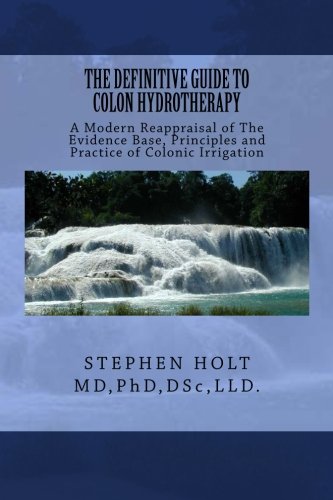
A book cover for The Definitive Guide to Colon Hydrotherapy.: Principles and Practice of Colonic Irrigation; Dr. Stephen Holt; Science & Math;